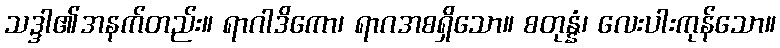
သဒ္ဒါ၏အနက်တည်း။ ရာဂါဒိကော၊ ရာဂအစရှိသော။ စတုန္နံ၊ လေးပါးကုန်သော။